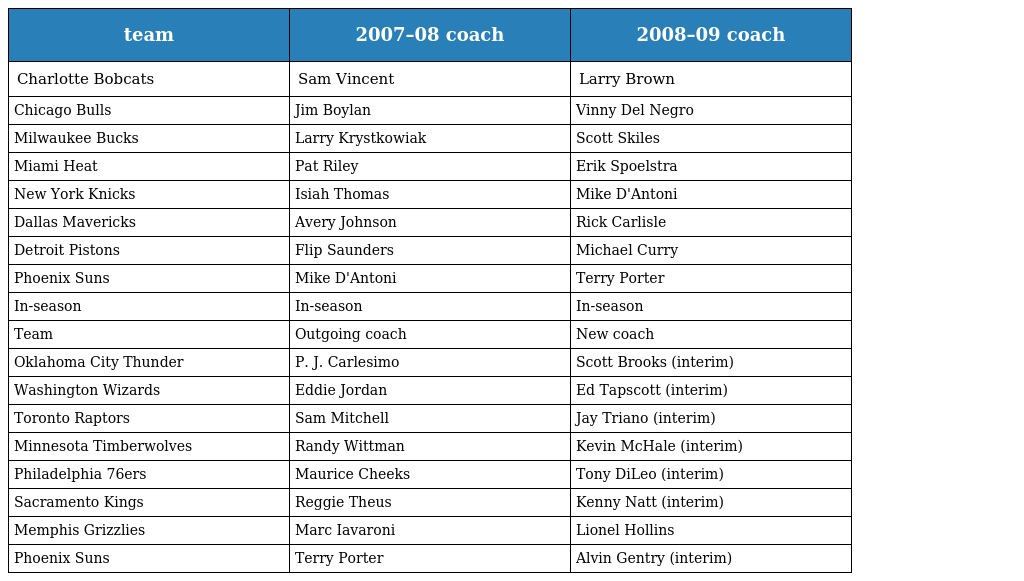
| team | 2007–08 coach | 2008–09 coach |
 | --- | --- | --- |
 | Charlotte Bobcats | Sam Vincent | Larry Brown |
 | Chicago Bulls | Jim Boylan | Vinny Del Negro |
 | Milwaukee Bucks | Larry Krystkowiak | Scott Skiles |
 | Miami Heat | Pat Riley | Erik Spoelstra |
 | New York Knicks | Isiah Thomas | Mike D'Antoni |
 | Dallas Mavericks | Avery Johnson | Rick Carlisle |
 | Detroit Pistons | Flip Saunders | Michael Curry |
 | Phoenix Suns | Mike D'Antoni | Terry Porter |
 | In-season | In-season | In-season |
 | Team | Outgoing coach | New coach |
 | Oklahoma City Thunder | P. J. Carlesimo | Scott Brooks (interim) |
 | Washington Wizards | Eddie Jordan | Ed Tapscott (interim) |
 | Toronto Raptors | Sam Mitchell | Jay Triano (interim) |
 | Minnesota Timberwolves | Randy Wittman | Kevin McHale (interim) |
 | Philadelphia 76ers | Maurice Cheeks | Tony DiLeo (interim) |
 | Sacramento Kings | Reggie Theus | Kenny Natt (interim) |
 | Memphis Grizzlies | Marc Iavaroni | Lionel Hollins |
 | Phoenix Suns | Terry Porter | Alvin Gentry (interim) |